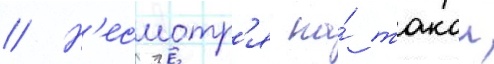
// Н'есмотр'я на́ такои